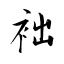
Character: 袦